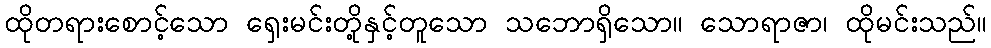
ထိုတရားစောင့်သော ရှေးမင်းတို့နှင့်တူသော သဘောရှိသော။ သောရာဇာ၊ ထိုမင်းသည်။